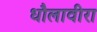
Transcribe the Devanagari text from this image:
धौलावीरा